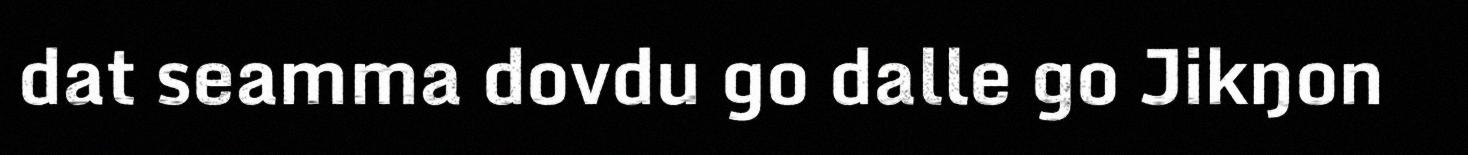
dat seamma dovdu go dalle go Jikŋon